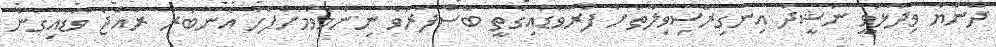
ދުންޔާ ވިދާޅުވީ ނަޝީދު އިނގިރޭސިވިލާތަށް ފުރާވަޑައިގަތީ ބޭސްފަރުވާ ނިންމެވުމަށްފަހު އެނބުރި ރާއްޖެ ވަޑައިގެން